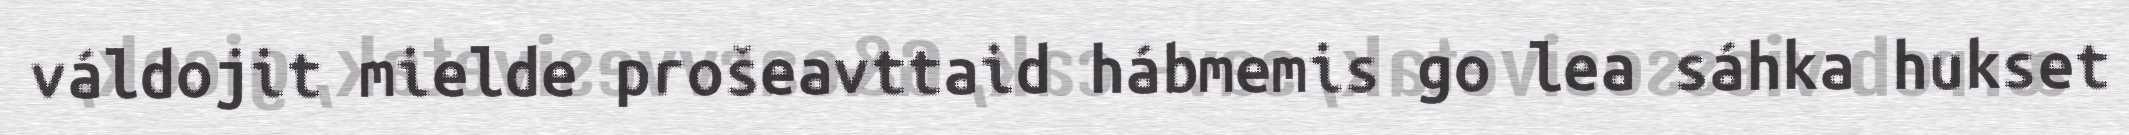
váldojit mielde prošeavttaid hábmemis go lea sáhka hukset